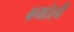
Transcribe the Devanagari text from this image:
बमोली